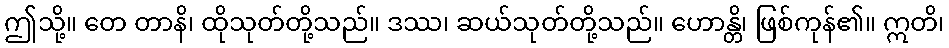
ဤသို့။ တေ တာနိ၊ ထိုသုတ်တို့သည်။ ဒဿ၊ ဆယ်သုတ်တို့သည်။ ဟောန္တိ၊ ဖြစ်ကုန်၏။ ဣတိ၊